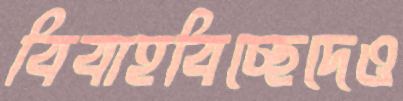
বিবাহবিচ্ছেদেও